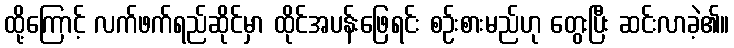
ထို့ကြောင့် လက်ဖက်ရည်ဆိုင်မှာ ထိုင်အပန်းဖြေရင်း စဉ်းစားမည်ဟု တွေးပြီး ဆင်းလာခဲ့၏။